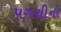
પગથીનો